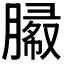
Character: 𰯓